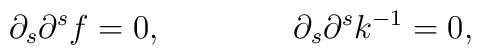
\partial_s\partial ^s f =0  ,  \ \ \ \ \ \ \ \ \ \ \ \    \partial_s\partial^s   k^{-1} =0,